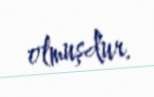
olmuşdur.